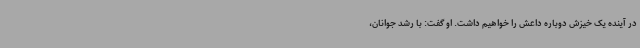
در آینده یک خیزش دوباره داعش را خواهیم داشت. او گفت: با رشد جوانان،